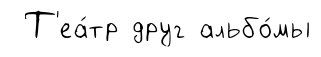
Т'еа́тр друг альбо́мы